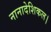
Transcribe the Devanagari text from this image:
नानादेशिकल।